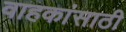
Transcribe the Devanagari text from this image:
वाहकांसाठी